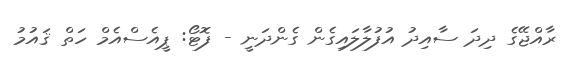
ރާއްޖޭގެ ދިދަ ސާއިދު އުފުލާލައިގެން ގެންދަނީ - ފޮޓޯ: ޕީއެސްއެމް ހަތް ޤައުމު